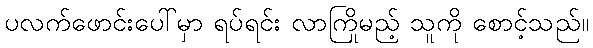
ပလက်ဖောင်းပေါ်မှာ ရပ်ရင်း လာကြိုမည့် သူကို စောင့်သည်။